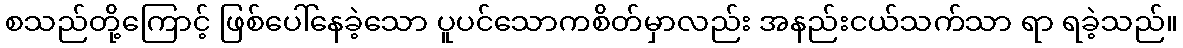
စသည်တို့ကြောင့် ဖြစ်ပေါ်နေခဲ့သော ပူပင်သောကစိတ်မှာလည်း အနည်းငယ်သက်သာ ရာ ရခဲ့သည်။